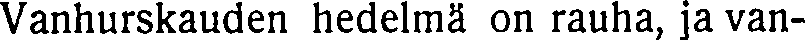
Vanhurskauden hedelmä on rauha, ja van-